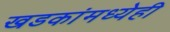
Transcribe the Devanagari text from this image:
खडकांमध्येही